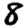
Digit: 8